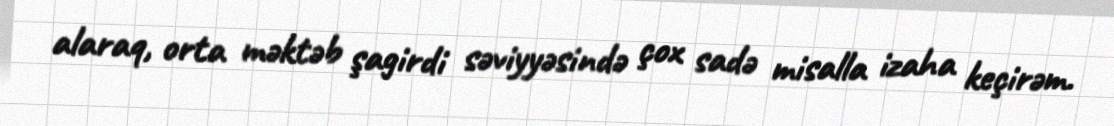
alaraq, orta məktəb şagirdi səviyyəsində çox sadə misalla izaha keçirəm.